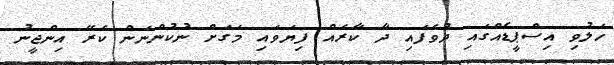
ހަލުވި އިސްޕީޑެއްގައި ދުވެފައި ދާ ކާރެއް ފިޔަވައި މަގަށް ނުކުންނަން ކެރޭ އިންޖީނު